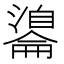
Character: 𦤢